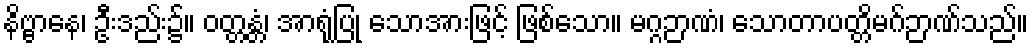
နိဗ္ဗာနေ၊ ဦးဒည်း၌။ ဝတ္တန္တံ၊ အာရုံပြု သောအားဖြင့် ဖြစ်သော။ မဂ္ဂဉာဏံ၊ သောတာပတ္တိမဂ်ဉာဏ်သည်။